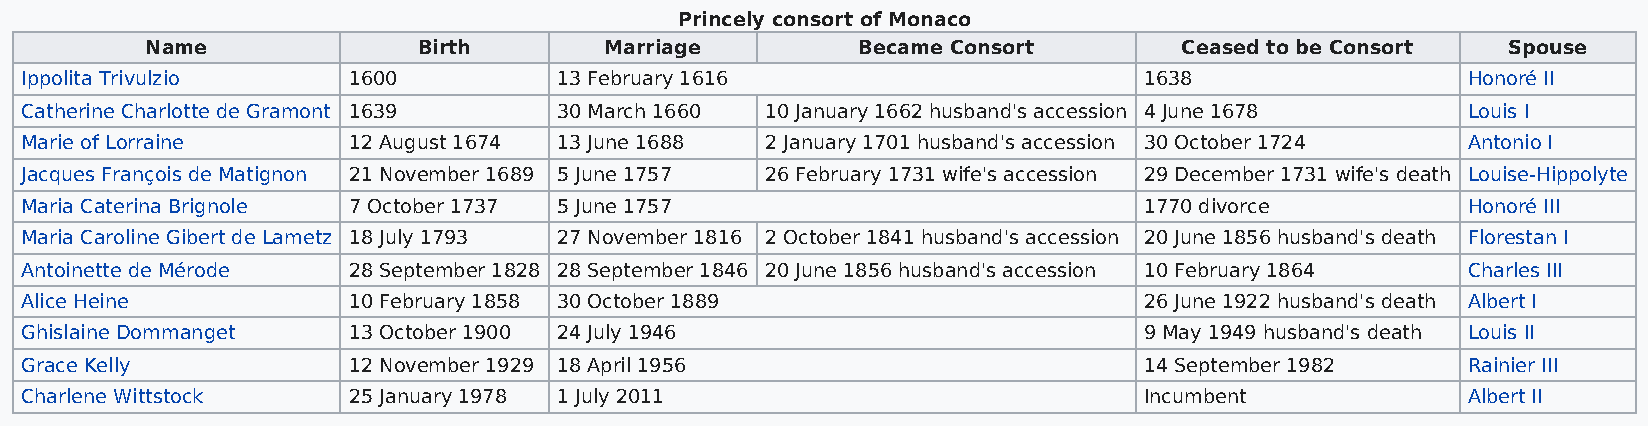
Princely consort of Monaco
 Name              Birth       Marriage         Became Consort       Ceased to be Consort  Spouse
 Ippolita Trivulzio    1600          13 February 1616                       1638                 Honoré II
 Catherine Charlotte de Gramont 1639 30 March 1660 10 January 1662 husband's accession 4 June 1678 Louis I
 Marie of Lorraine     12 August 1674 13 June 1688 2 January 1701 husband's accession 30 October 1724 Antonio I
 Jacques François de Matignon 21 November 1689 5 June 1757 26 February 1731 wife's accession 29 December 1731 wife's death Louise-Hippolyte
 Maria Caterina Brignole 7 October 1737 5 June 1757                         1770 divorce         Honoré III
 Maria Caroline Gibert de Lametz 18 July 1793 27 November 1816 2 October 1841 husband's accession 20 June 1856 husband's death Florestan I
 Antoinette de Mérode  28 September 1828 28 September 1846 20 June 1856 husband's accession 10 February 1864 Charles III
 Alice Heine           10 February 1858 30 October 1889                     26 June 1922 husband's death Albert I
 Ghislaine Dommanget   13 October 1900 24 July 1946                         9 May 1949 husband's death Louis II
 Grace Kelly           12 November 1929 18 April 1956                       14 September 1982    Rainier III
 Charlene Wittstock    25 January 1978 1 July 2011                          Incumbent            Albert II